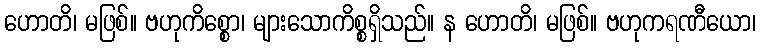
ဟောတိ၊ မဖြစ်။ ဗဟုကိစ္စော၊ များသောကိစ္စရှိသည်။ န ဟောတိ၊ မဖြစ်။ ဗဟုကရဏီယော၊